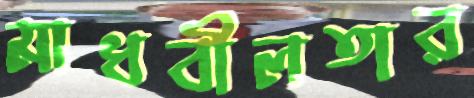
মাধবীলতার